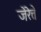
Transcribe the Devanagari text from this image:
जेंरेत्ते